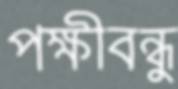
পক্ষীবন্ধু